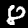
Label: 8